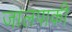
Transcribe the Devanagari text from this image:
जालपाकी